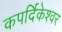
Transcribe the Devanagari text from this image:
कपर्दिकेश्वर